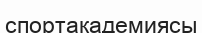
спортакадемиясы